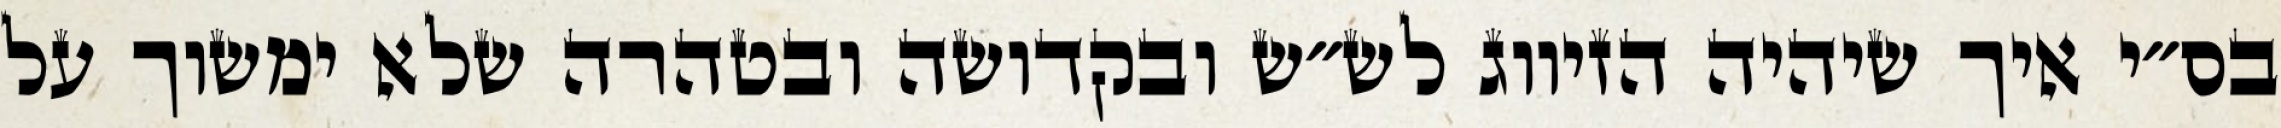
בס״י איך שיהיה הזיווג לש״ש ובקדושה ובטהרה שלא ימשוך על